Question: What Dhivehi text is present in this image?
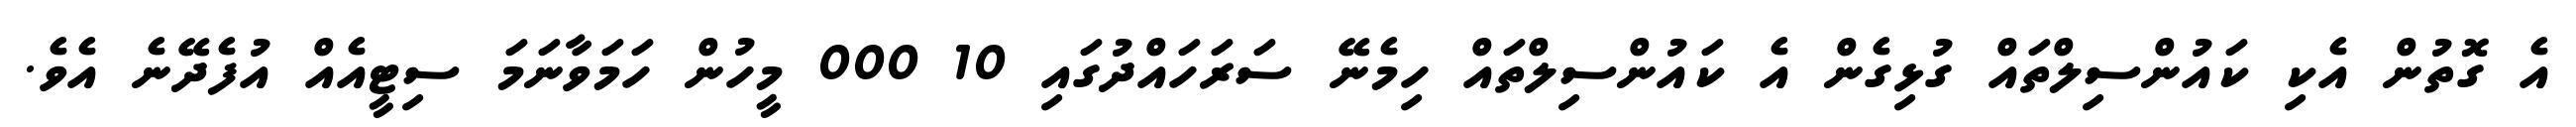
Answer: އެ ގޮތުން އެކި ކައުންސިލްތައް ގުޅިގެން އެ ކައުންސިލްތައް ހިމެނޭ ސަރަހައްދުގައި 10 000 މީހުން ހަމަވާނަމަ ސިޓީއެއް އުފެދޭނެ އެވެ.